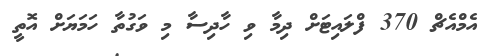
އެމްއެޗް 370 ފްލައިޓަށް ދިމާ ވި ހާދިސާ މި ވަގުތާ ހަމަޔަށް އޮތީ